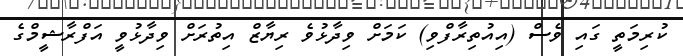
ކުރިމަތީ ގައި ވެސް (އިއުތިރާފްވި) ކަމަށް ވިދާޅުވެ ރިޔާޒް އިތުރަށް ވިދާޅުވީ އަފްރާޝީމްގެ